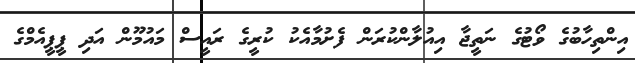
އިންތިހާބުގެ ވޯޓުގެ ނަތީޖާ އިއުލާންކުރަން ފެށުމާއެކު ކުރީގެ ރައީސް މައުމޫން އަދި ޕީޕީއެމްގެ